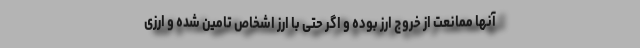
آنها ممانعت از خروج ارز بوده و اگر حتی با ارز اشخاص تامین شده و ارزی